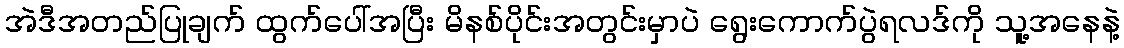
အဲဒီအတည်ပြုချက် ထွက်ပေါ်အပြီး မိနစ်ပိုင်းအတွင်းမှာပဲ ရွေးကောက်ပွဲရလဒ်ကို သူ့အနေနဲ့